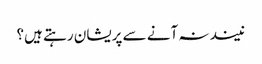
نیند نہ آنے سے پریشان رہتے ہیں؟